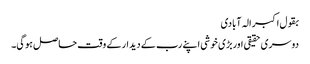
بقول اکبر الہ آبادی
دوسری حقیقی اوربڑی خوشی اپنے رب کے دیدار کے وقت حاصل ہوگی۔